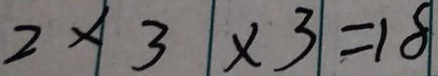
2 \times 3 \times 3 = 1 8